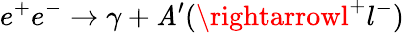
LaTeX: e^{+}e^{-}\rightarrow\gamma+\mathit{A}^{\prime}(\rightarrowl^{+}l^{-})